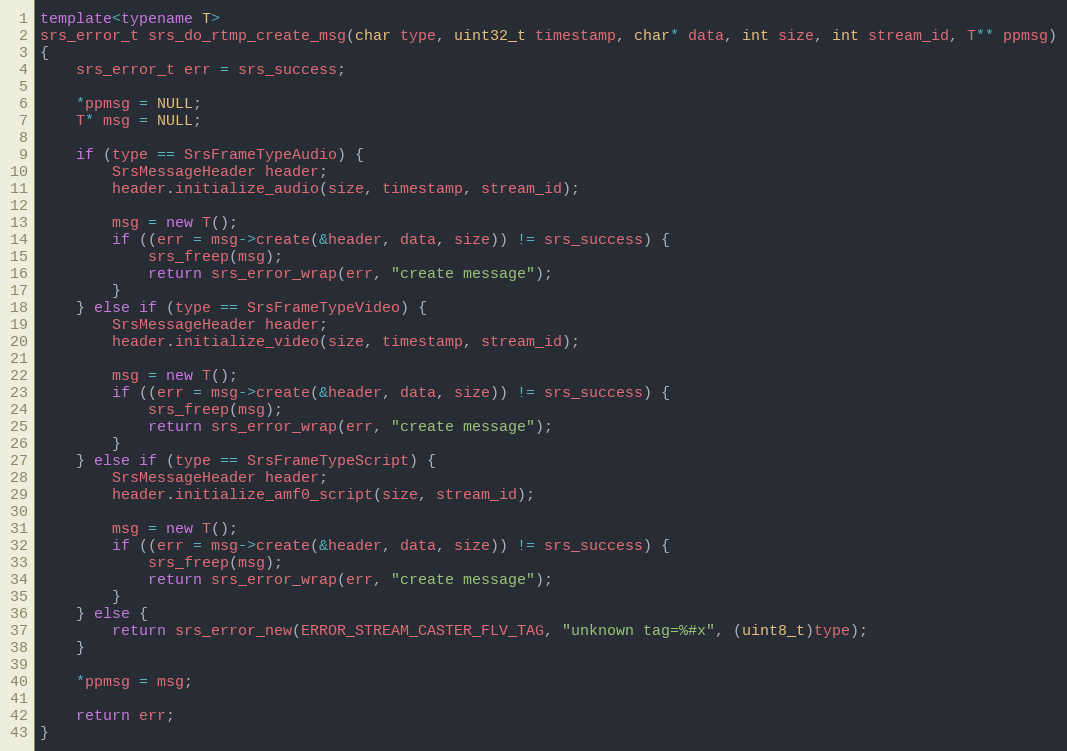
Language: C++
template<typename T>
srs_error_t srs_do_rtmp_create_msg(char type, uint32_t timestamp, char* data, int size, int stream_id, T** ppmsg)
{
    srs_error_t err = srs_success;

    *ppmsg = NULL;
    T* msg = NULL;

    if (type == SrsFrameTypeAudio) {
        SrsMessageHeader header;
        header.initialize_audio(size, timestamp, stream_id);

        msg = new T();
        if ((err = msg->create(&header, data, size)) != srs_success) {
            srs_freep(msg);
            return srs_error_wrap(err, "create message");
        }
    } else if (type == SrsFrameTypeVideo) {
        SrsMessageHeader header;
        header.initialize_video(size, timestamp, stream_id);

        msg = new T();
        if ((err = msg->create(&header, data, size)) != srs_success) {
            srs_freep(msg);
            return srs_error_wrap(err, "create message");
        }
    } else if (type == SrsFrameTypeScript) {
        SrsMessageHeader header;
        header.initialize_amf0_script(size, stream_id);

        msg = new T();
        if ((err = msg->create(&header, data, size)) != srs_success) {
            srs_freep(msg);
            return srs_error_wrap(err, "create message");
        }
    } else {
        return srs_error_new(ERROR_STREAM_CASTER_FLV_TAG, "unknown tag=%#x", (uint8_t)type);
    }

    *ppmsg = msg;

    return err;
}